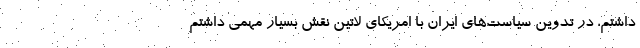
داشتم، در تدوين سياست‌هاي ايران با امريكاي لاتين نقش بسيار مهمي داشتم